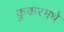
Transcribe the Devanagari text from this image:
कुकरमधे